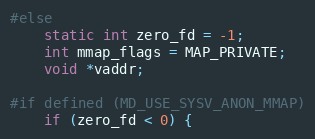
Language: C
#else
    static int zero_fd = -1;
    int mmap_flags = MAP_PRIVATE;
    void *vaddr;

#if defined (MD_USE_SYSV_ANON_MMAP)
    if (zero_fd < 0) {